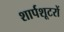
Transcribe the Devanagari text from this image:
शार्पशूटरों